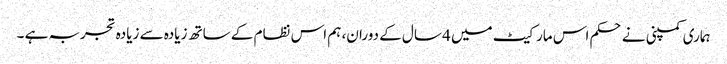
ہماری کمپنی نے حکم اس مارکیٹ میں 4 سال کے دوران، ہم اس نظام کے ساتھ زیادہ سے زیادہ تجربہ ہے ۔